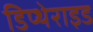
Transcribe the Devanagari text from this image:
डिप्थेराइड